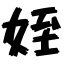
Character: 姪